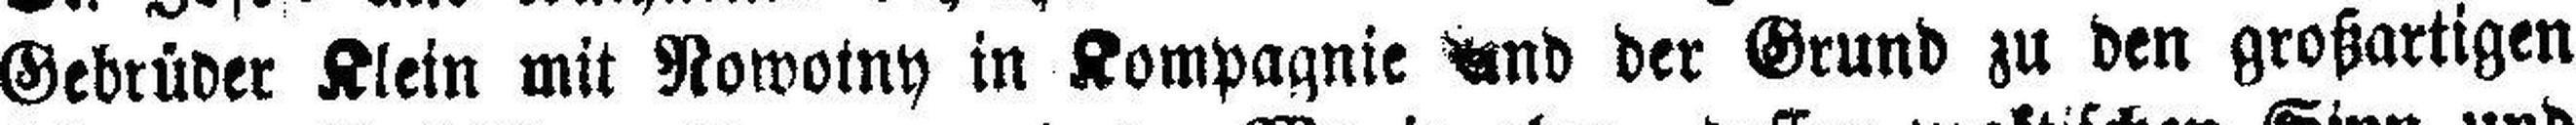
Gebrüder Klein mit Nowotny in Kompagnie und der Grund zu den großartigen